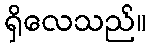
ရှိလေသည်။